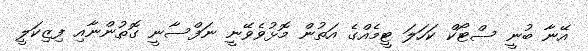
އޭނާ ބުނީ ސްޓޯކް ކަހަލަ ޓީމެއްގެ އަތުން މޮޅުވެވޭނީ ނަފްސާނީ ގޮތުންނާއި ފިޒިކަލީ